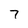
Character: 7